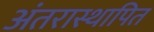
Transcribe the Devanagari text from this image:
अंतरास्थापित